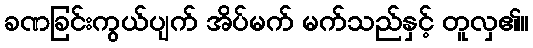
ခဏခြင်းကွယ်ပျက် အိပ်မက် မက်သည်နှင့် တူလှ၏။